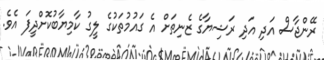
ރޭންޖާސް އަދި އަދި ރަޝިޔާގެ ޒެނިތަށް އެ ގައުމުތަކުގެ ލީގު ކާމިޔާބުކޮށްދީފަ އެވެ.